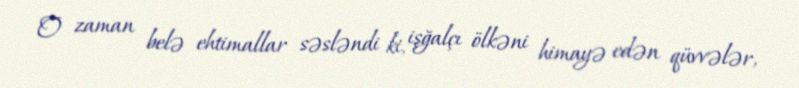
O zaman belə ehtimallar səsləndi ki, işğalçı ölkəni himayə edən qüvvələr,